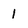
Character: 1